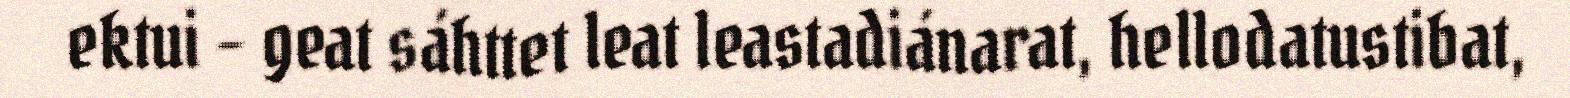
ektui – geat sáhttet leat leastadiánarat, hellodatustibat,